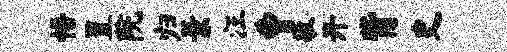
悟置院归景汪曹敬开觜史